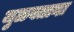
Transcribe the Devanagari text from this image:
जुळवताना